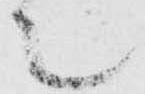
て